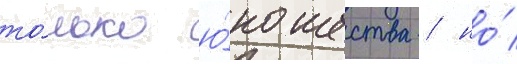
то́лько ю́ношества / но́